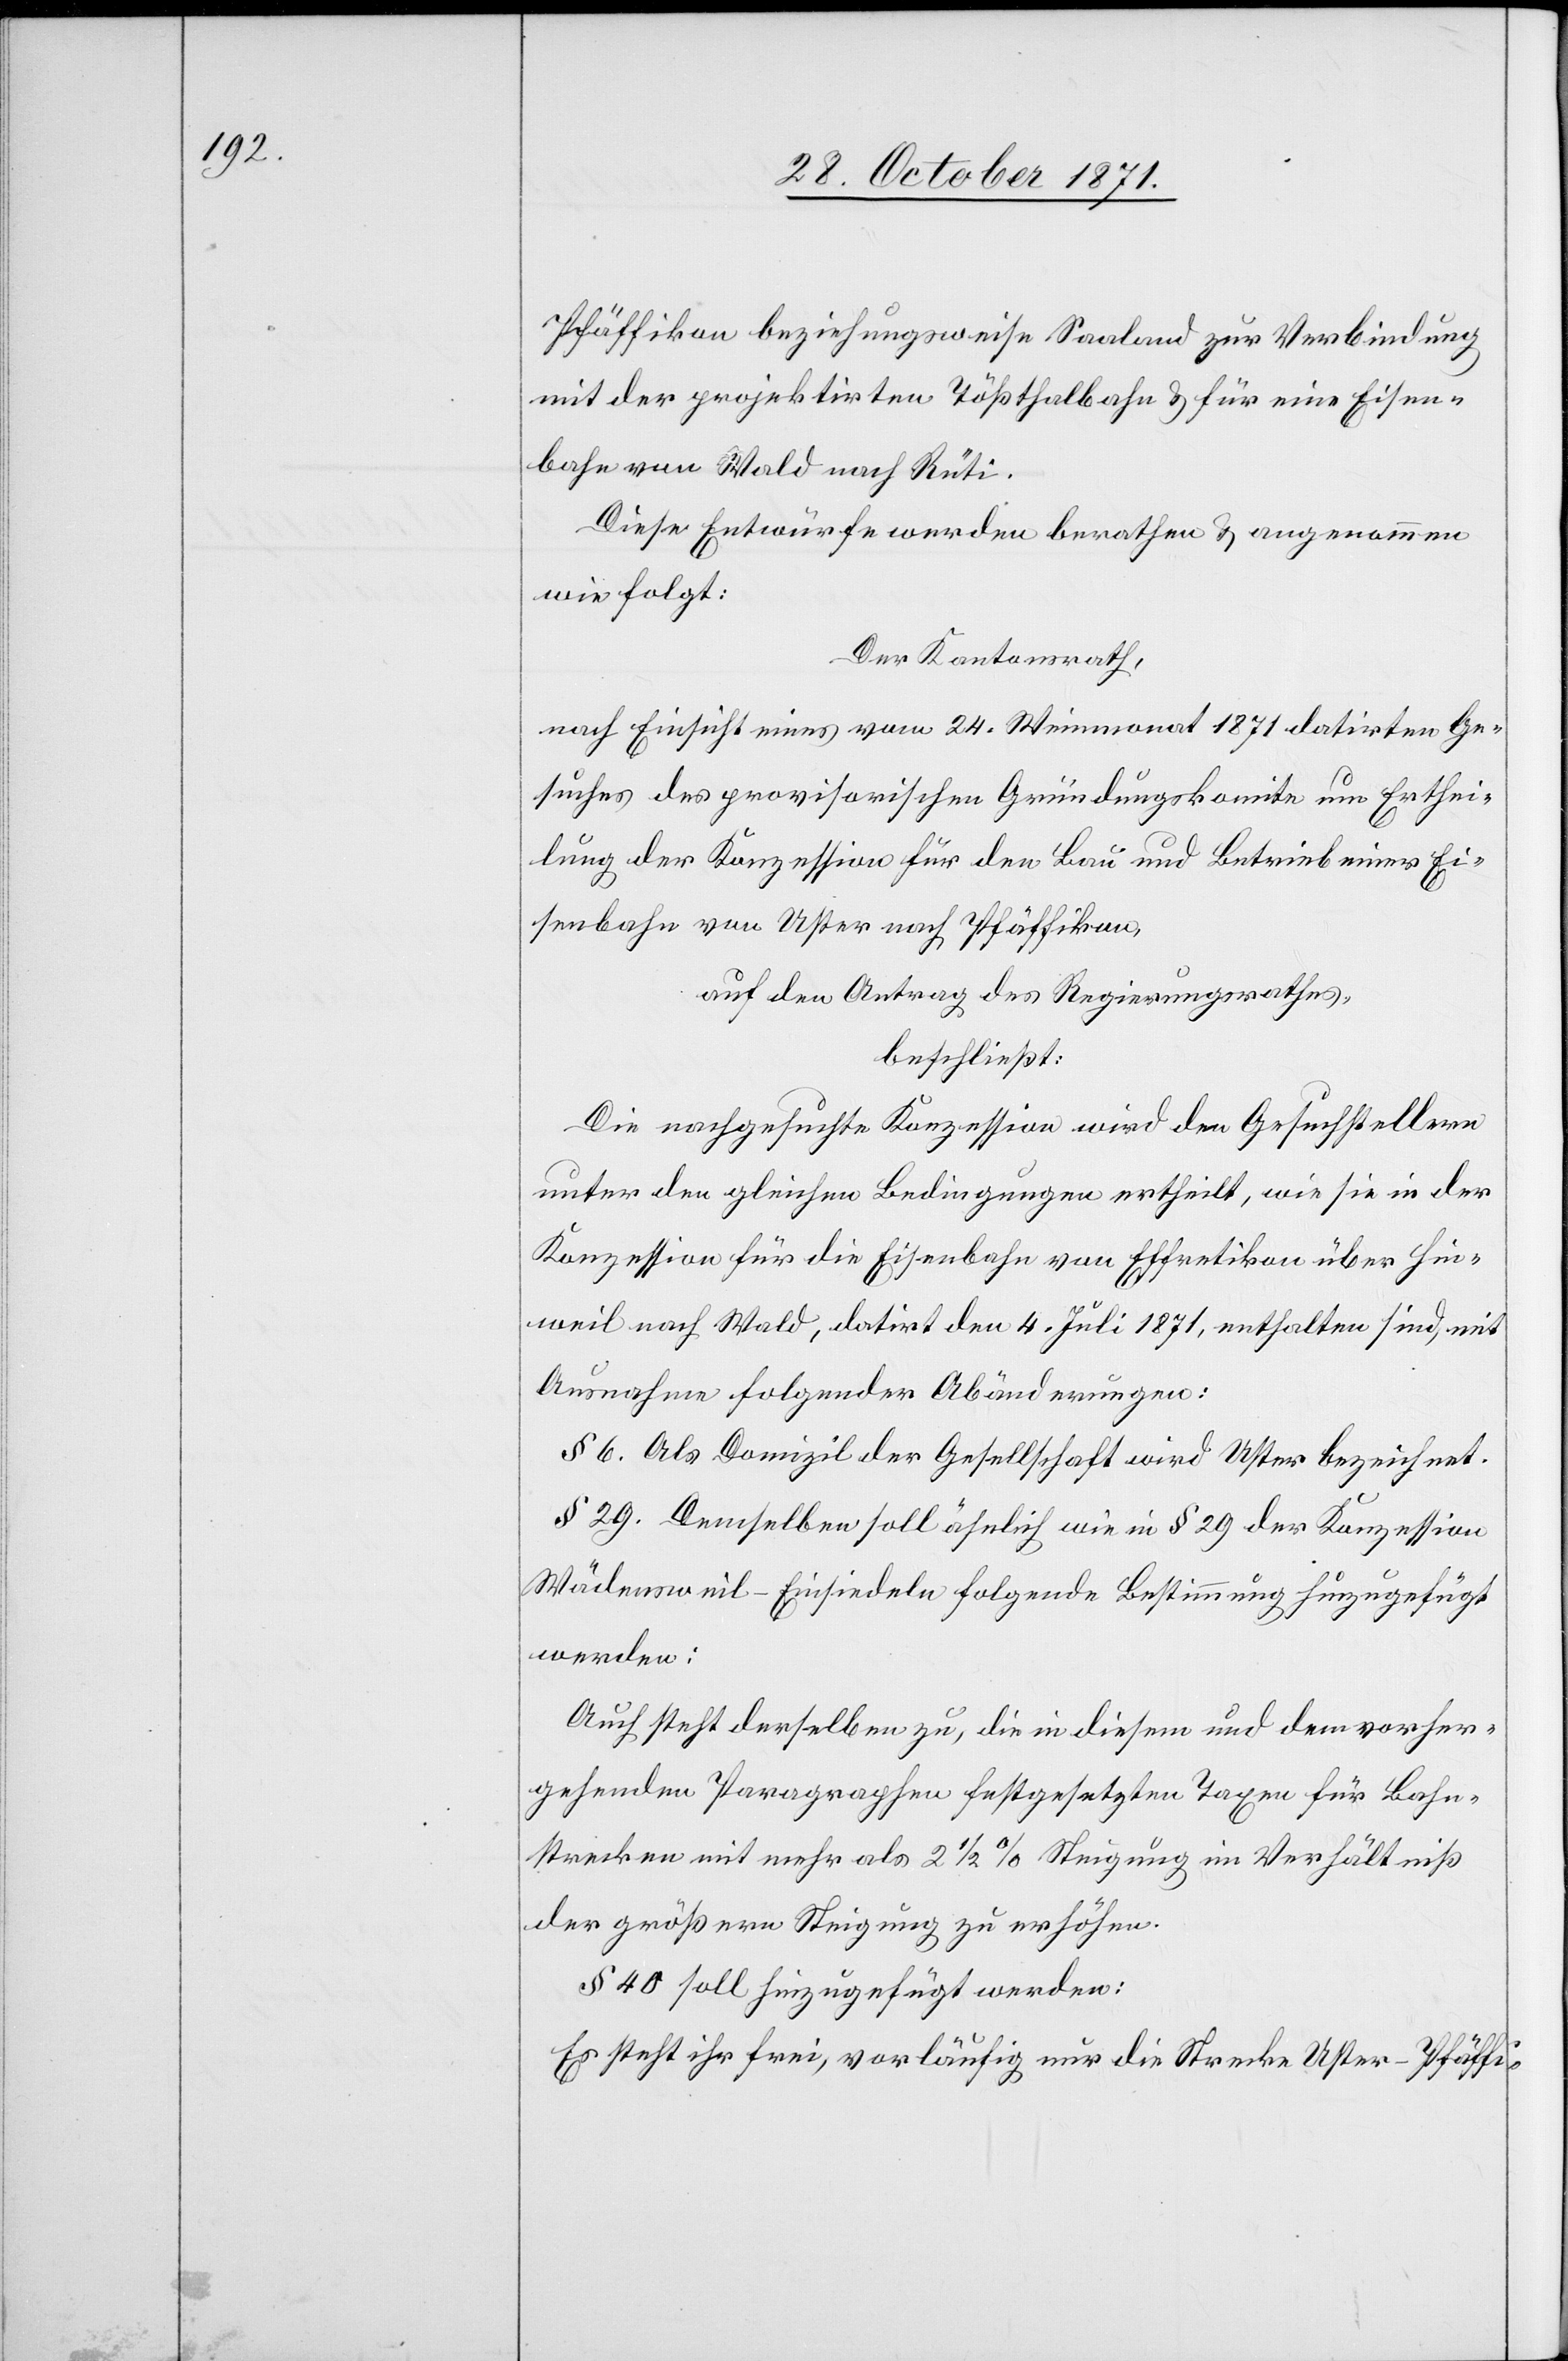
Pfäffikon beziehungsweise Saaland zur Verbindung
mit der projektirten Tößthalbahn & für eine Eisen¬
bahn von Wald nach Rüti.
Diese Entwürfe werden berathen & angenommen
wie folgt:
Der Kantonsrath,
nach Einsicht eines vom 24. Weinmonat 1871 datirten Ge¬
suches des provisorischen Gründungskomite um Erthei¬
lung der Konzession für den Bau und Betrieb einer Ei¬
senbahn von Uster nach Pfäffikon,
auf den Antrag des Regierungsrathes,
beschließt:
Die nachgesuchte Konzession wird den Gesuchstellern
unter den gleichen Bedingungen ertheilt, wie sie in der
Konzession für die Eisenbahn von Effretikon über Hin¬
weil nach Wald, datirt den 4. Juli 1871, enthalten sind, mit
Ausnahme folgender Abänderungen:
§ 6. Als Domizil der Gesellschaft wird Uster bezeichnet.
§ 29. Demselben soll ähnlich wie in § 29 der Konzession
Wädensweil–Einsiedeln folgende Bestimmung hinzugefügt
werden:
Auch steht derselben zu, die in diesem und dem vorher¬
gehenden Paragraphen festgesetzten Taxen für Bahn¬
strecken mit mehr als 2 1/2 % Steigung im Verhältniß
der größern Steigung zu erhöhen.
§ 40 soll hinzugefügt werden:
Es steht ihr frei, vorläufig nur die Strecke Uster–Pfäffi-